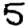
Digit: 5